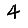
Digit: 4